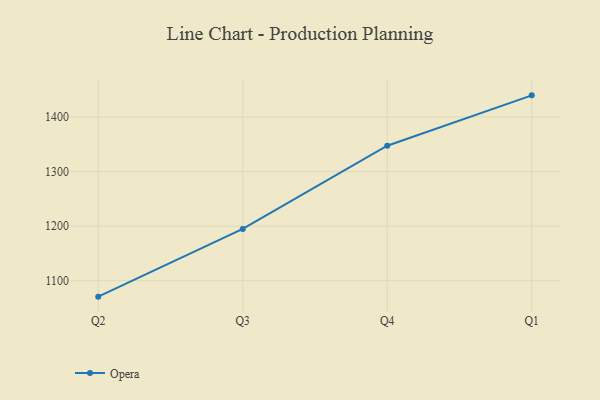
{"axis": {"x": "Quarter", "y": "Shipments"}, "legend": ["Opera"], "data": [{"x": "Q2", "y": 1070.7, "type": "Opera"}, {"x": "Q3", "y": 1194.8, "type": "Opera"}, {"x": "Q4", "y": 1347.4, "type": "Opera"}, {"x": "Q1", "y": 1439.7, "type": "Opera"}]}